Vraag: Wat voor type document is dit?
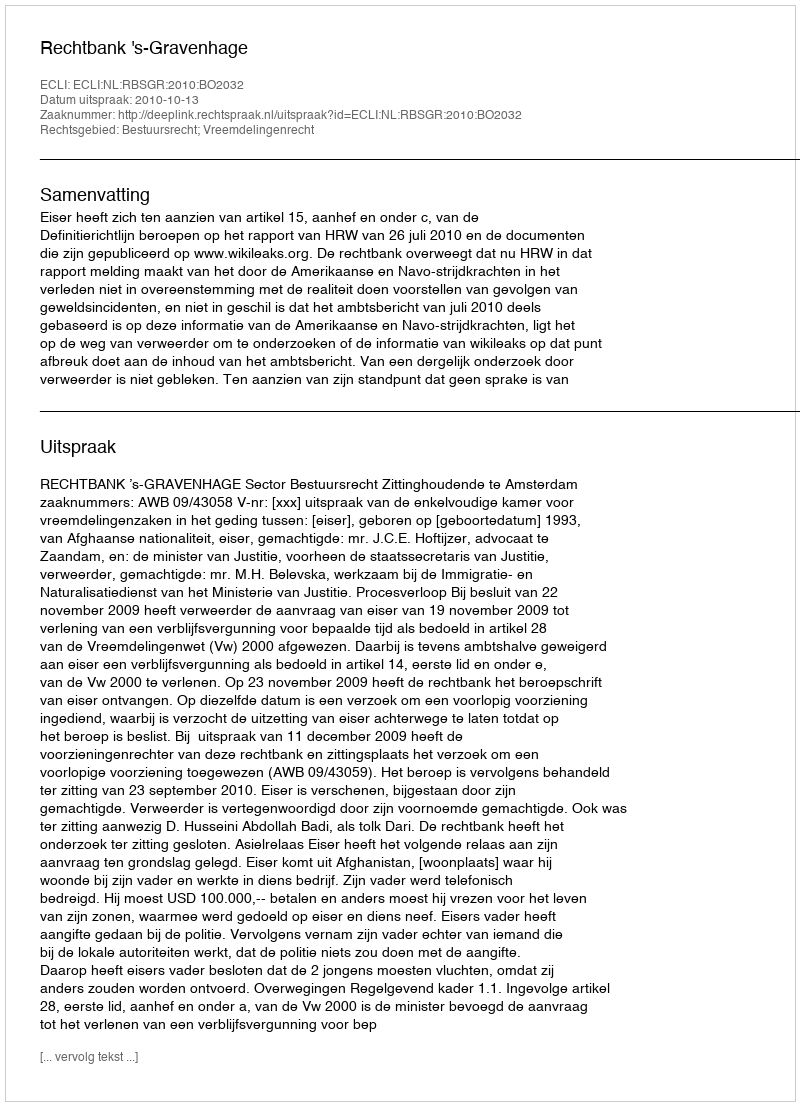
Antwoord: Uitspraak